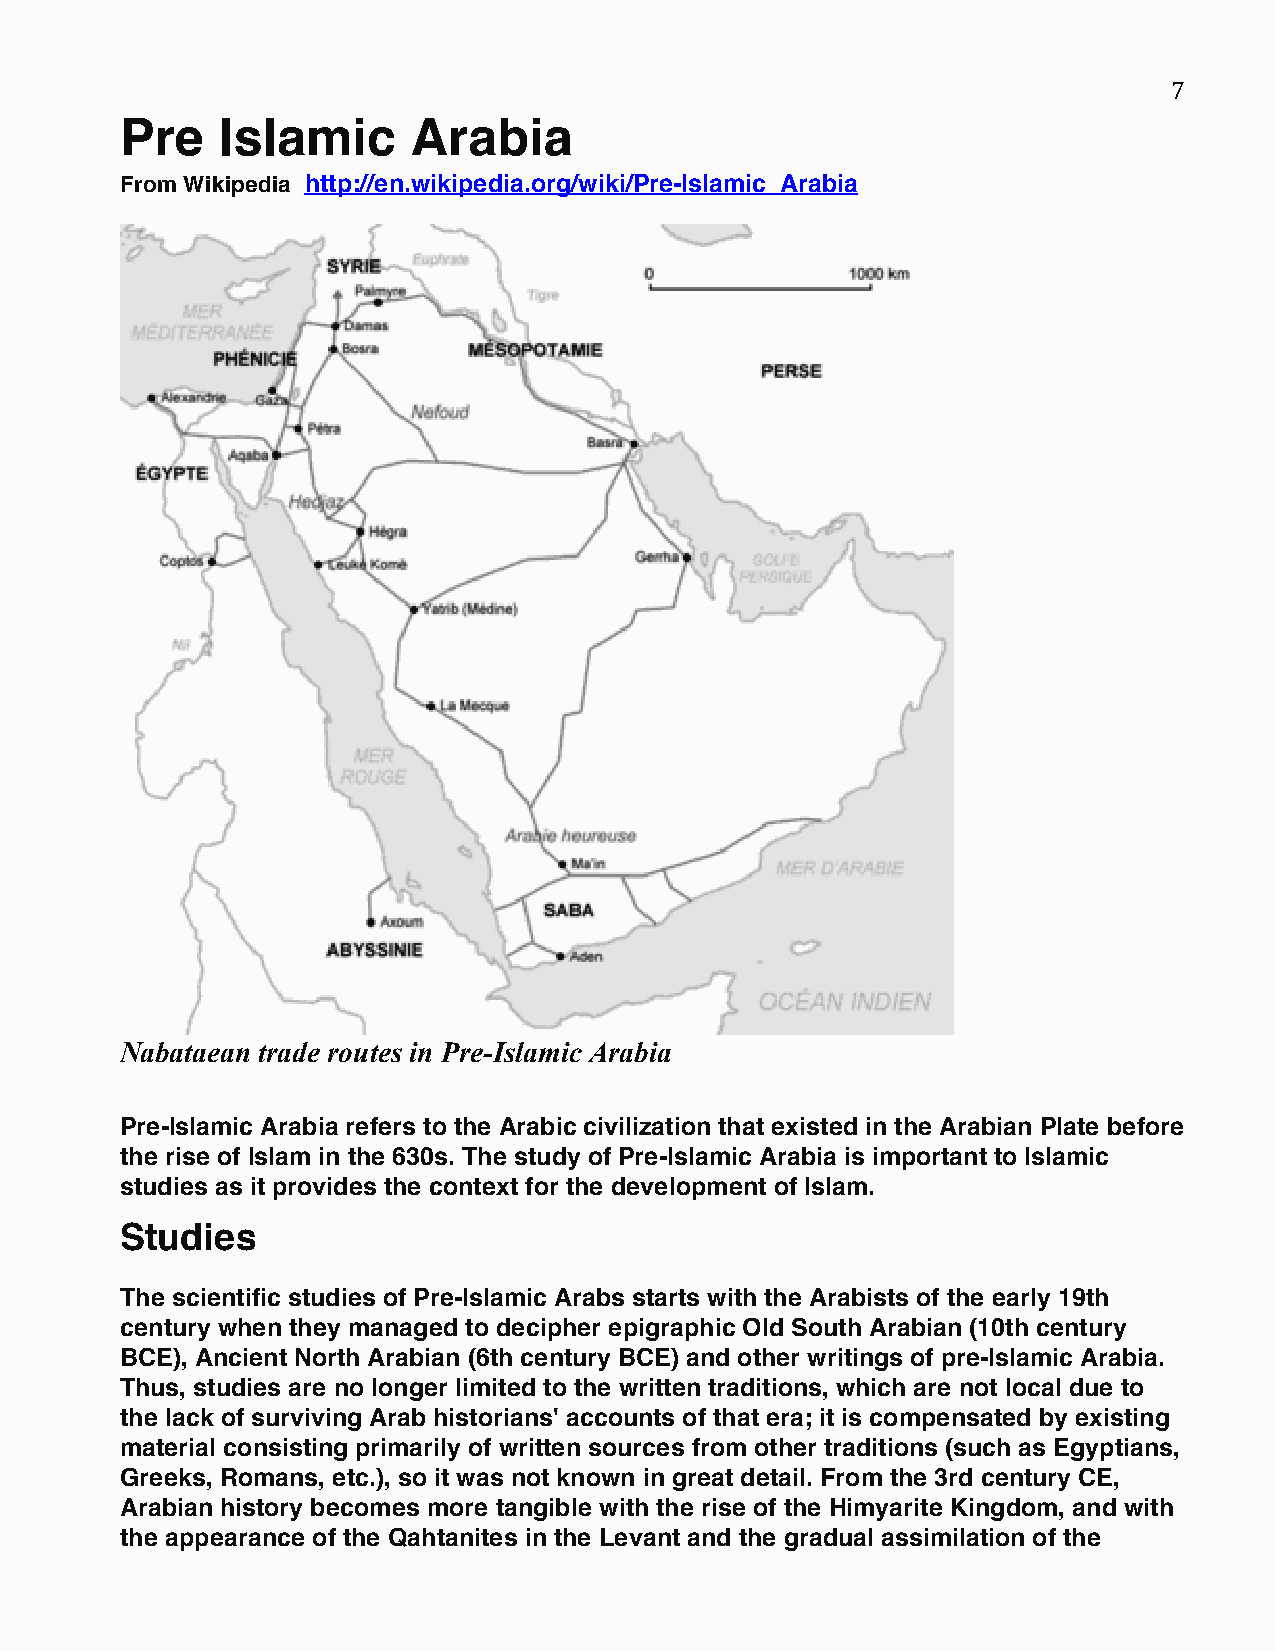
7
 Pre    Islamic     Arabia
 From Wikipedia http://en.wikipedia.org/wiki/Pre-Islamic_Arabia
 Nabataean trade routes in Pre-Islamic Arabia
 Pre-Islamic Arabia refers to the Arabic civilization that existed in the Arabian Plate before
 the rise of Islam in the 630s. The study of Pre-Islamic Arabia is important to Islamic
 studies as it provides the context for the development of Islam.
 Studies
 The scientific studies of Pre-Islamic Arabs starts with the Arabists of the early 19th
 century when they managed to decipher epigraphic Old South Arabian (10th century
 BCE), Ancient North Arabian (6th century BCE) and other writings of pre-Islamic Arabia.
 Thus, studies are no longer limited to the written traditions, which are not local due to
 the lack of surviving Arab historians' accounts of that era; it is compensated by existing
 material consisting primarily of written sources from other traditions (such as Egyptians,
 Greeks, Romans, etc.), so it was not known in great detail. From the 3rd century CE,
 Arabian history becomes more tangible with the rise of the Himyarite Kingdom, and with
 the appearance of the Qahtanites in the Levant and the gradual assimilation of the